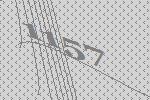
1157